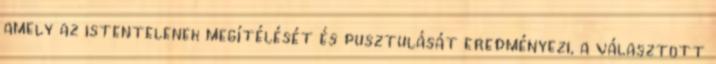
amely az istentelenek megítélését és pusztulását eredményezi, a választott